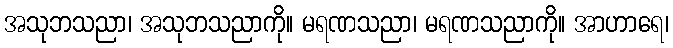
အသုဘသညာ၊ အသုဘသညာကို။ မရဏသညာ၊ မရဏသညာကို။ အာဟာရေ၊